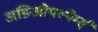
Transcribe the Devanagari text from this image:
अङिओपस्पेर्म्स्